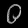
Digit: ၀